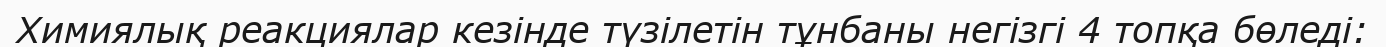
Химиялық реакциялар кезінде түзілетін тұнбаны негізгі 4 топқа бөледі: